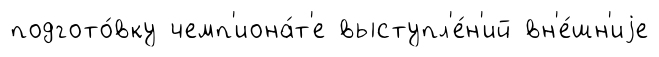
подгото́вку чемп'иона́т'е выступл'е́н'ий вн'е́шн'иjе